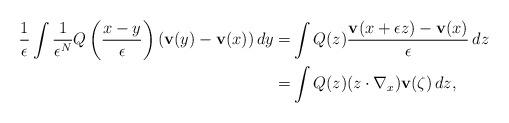
LaTeX: \begin{align*} \frac{1}{\epsilon} \int \frac{1}{\epsilon^N} Q\left(\frac{x-y}{\epsilon}\right)(\mathbf{v}(y) - \mathbf{v}(x))\, dy= & \int Q(z)\frac{\mathbf{v}(x+\epsilon z) - \mathbf{v}(x)}{\epsilon}\, dz\\= & \int Q(z) (z\cdot\nabla_x ) \mathbf{v} (\zeta)\, dz,\end{align*}